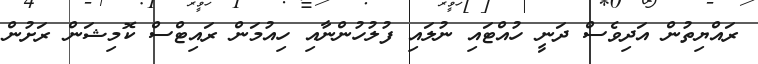
ރައްޔިތުން އަދިވެސް ދަނީ ހުއްޓައި ނުލައި ފުލުހުންނާއި ހިއުމަން ރައިޓްސް ކޮމިޝަން ރަށުން